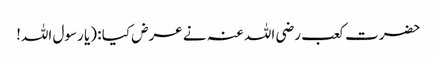
حضرت کعب رضی اللہ عنہ نے عرض کیا : (یا رسول اللہ!